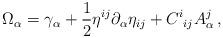
LaTeX: \begin{align*}\Omega_{\alpha}=\gamma_{\alpha}+\frac{1}{2}\eta^{ij}\partial_{\alpha}\eta_{ij}+C^{i}{}_{ij}A^{j}_{\alpha}\,,\end{align*}